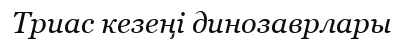
Триас кезеңі динозаврлары